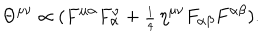
\Theta ^ { \mu \nu } \propto ( F ^ { \mu \alpha } F _ { \alpha } ^ { \hspace { 1 . 5 m m } \nu } + { \scriptstyle \frac { 1 } { 4 } } \, \eta ^ { \mu \nu } F _ { \alpha \beta } F ^ { \alpha \beta } ) .